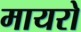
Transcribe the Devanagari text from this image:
मायरो